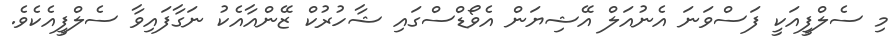
މި ސެލްފީއަކީ ފަސްވަނަ އެނުއަލް އޭޝިޔަން އެވޯޑްސްގައި ޝާހުރުކް ޒޭންއާއެކު ނަގާފައިވާ ސެލްފީއެކެވެ.